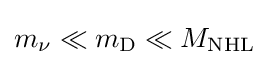
m_{\nu }\ll m_{\text{D}}\ll M_{\text{NHL}}\